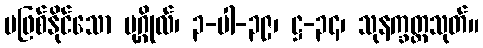
မဖြစ်နိုင်သော ပုဂ္ဂိုလ်၊ ၃-ပါ-၃၉၊ ဋ္ဌ-၃၄၊ သုနက္ခတ္တသုတ်။